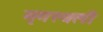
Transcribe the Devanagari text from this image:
मृगस्थली